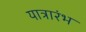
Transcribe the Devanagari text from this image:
यात्रारंभ